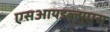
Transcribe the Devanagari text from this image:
एसआयडब्ल्युएस